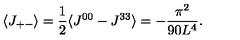
\langle J _ { + - } \rangle = \frac { 1 } { 2 } \langle J ^ { 0 0 } - J ^ { 3 3 } \rangle = - \frac { \pi ^ { 2 } } { 9 0 L ^ { 4 } } .